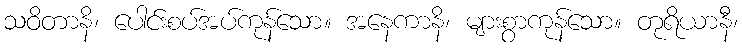
သဝိတာနိ၊ ပေါင်းစပ်အပ်ကုန်သော။ အနေကာနိ၊ များစွာကုန်သော။ တုရိယာနီ၊